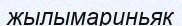
жылымариньяк